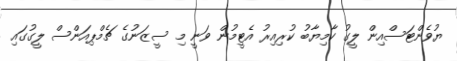
ޔުވެންޓަސްއިން ލީގު ކާމިޔާބު ކުރިއިރު އެޓީމުން ވަނީ މި ސީޒަނުގެ ޗެމްޕިއަންސް ލީގުގައި